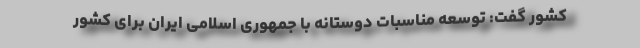
کشور گفت: توسعه مناسبات دوستانه با جمهوری اسلامی ایران برای کشور